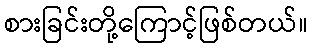
စားခြင်းတို့ကြောင့်ဖြစ်တယ်။